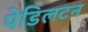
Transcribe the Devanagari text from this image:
पेडिलटन